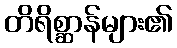
တိရိစ္ဆာန်များ၏